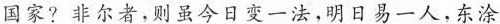
国家?非尔者，则虽今日变一法，明日易一人，东涂